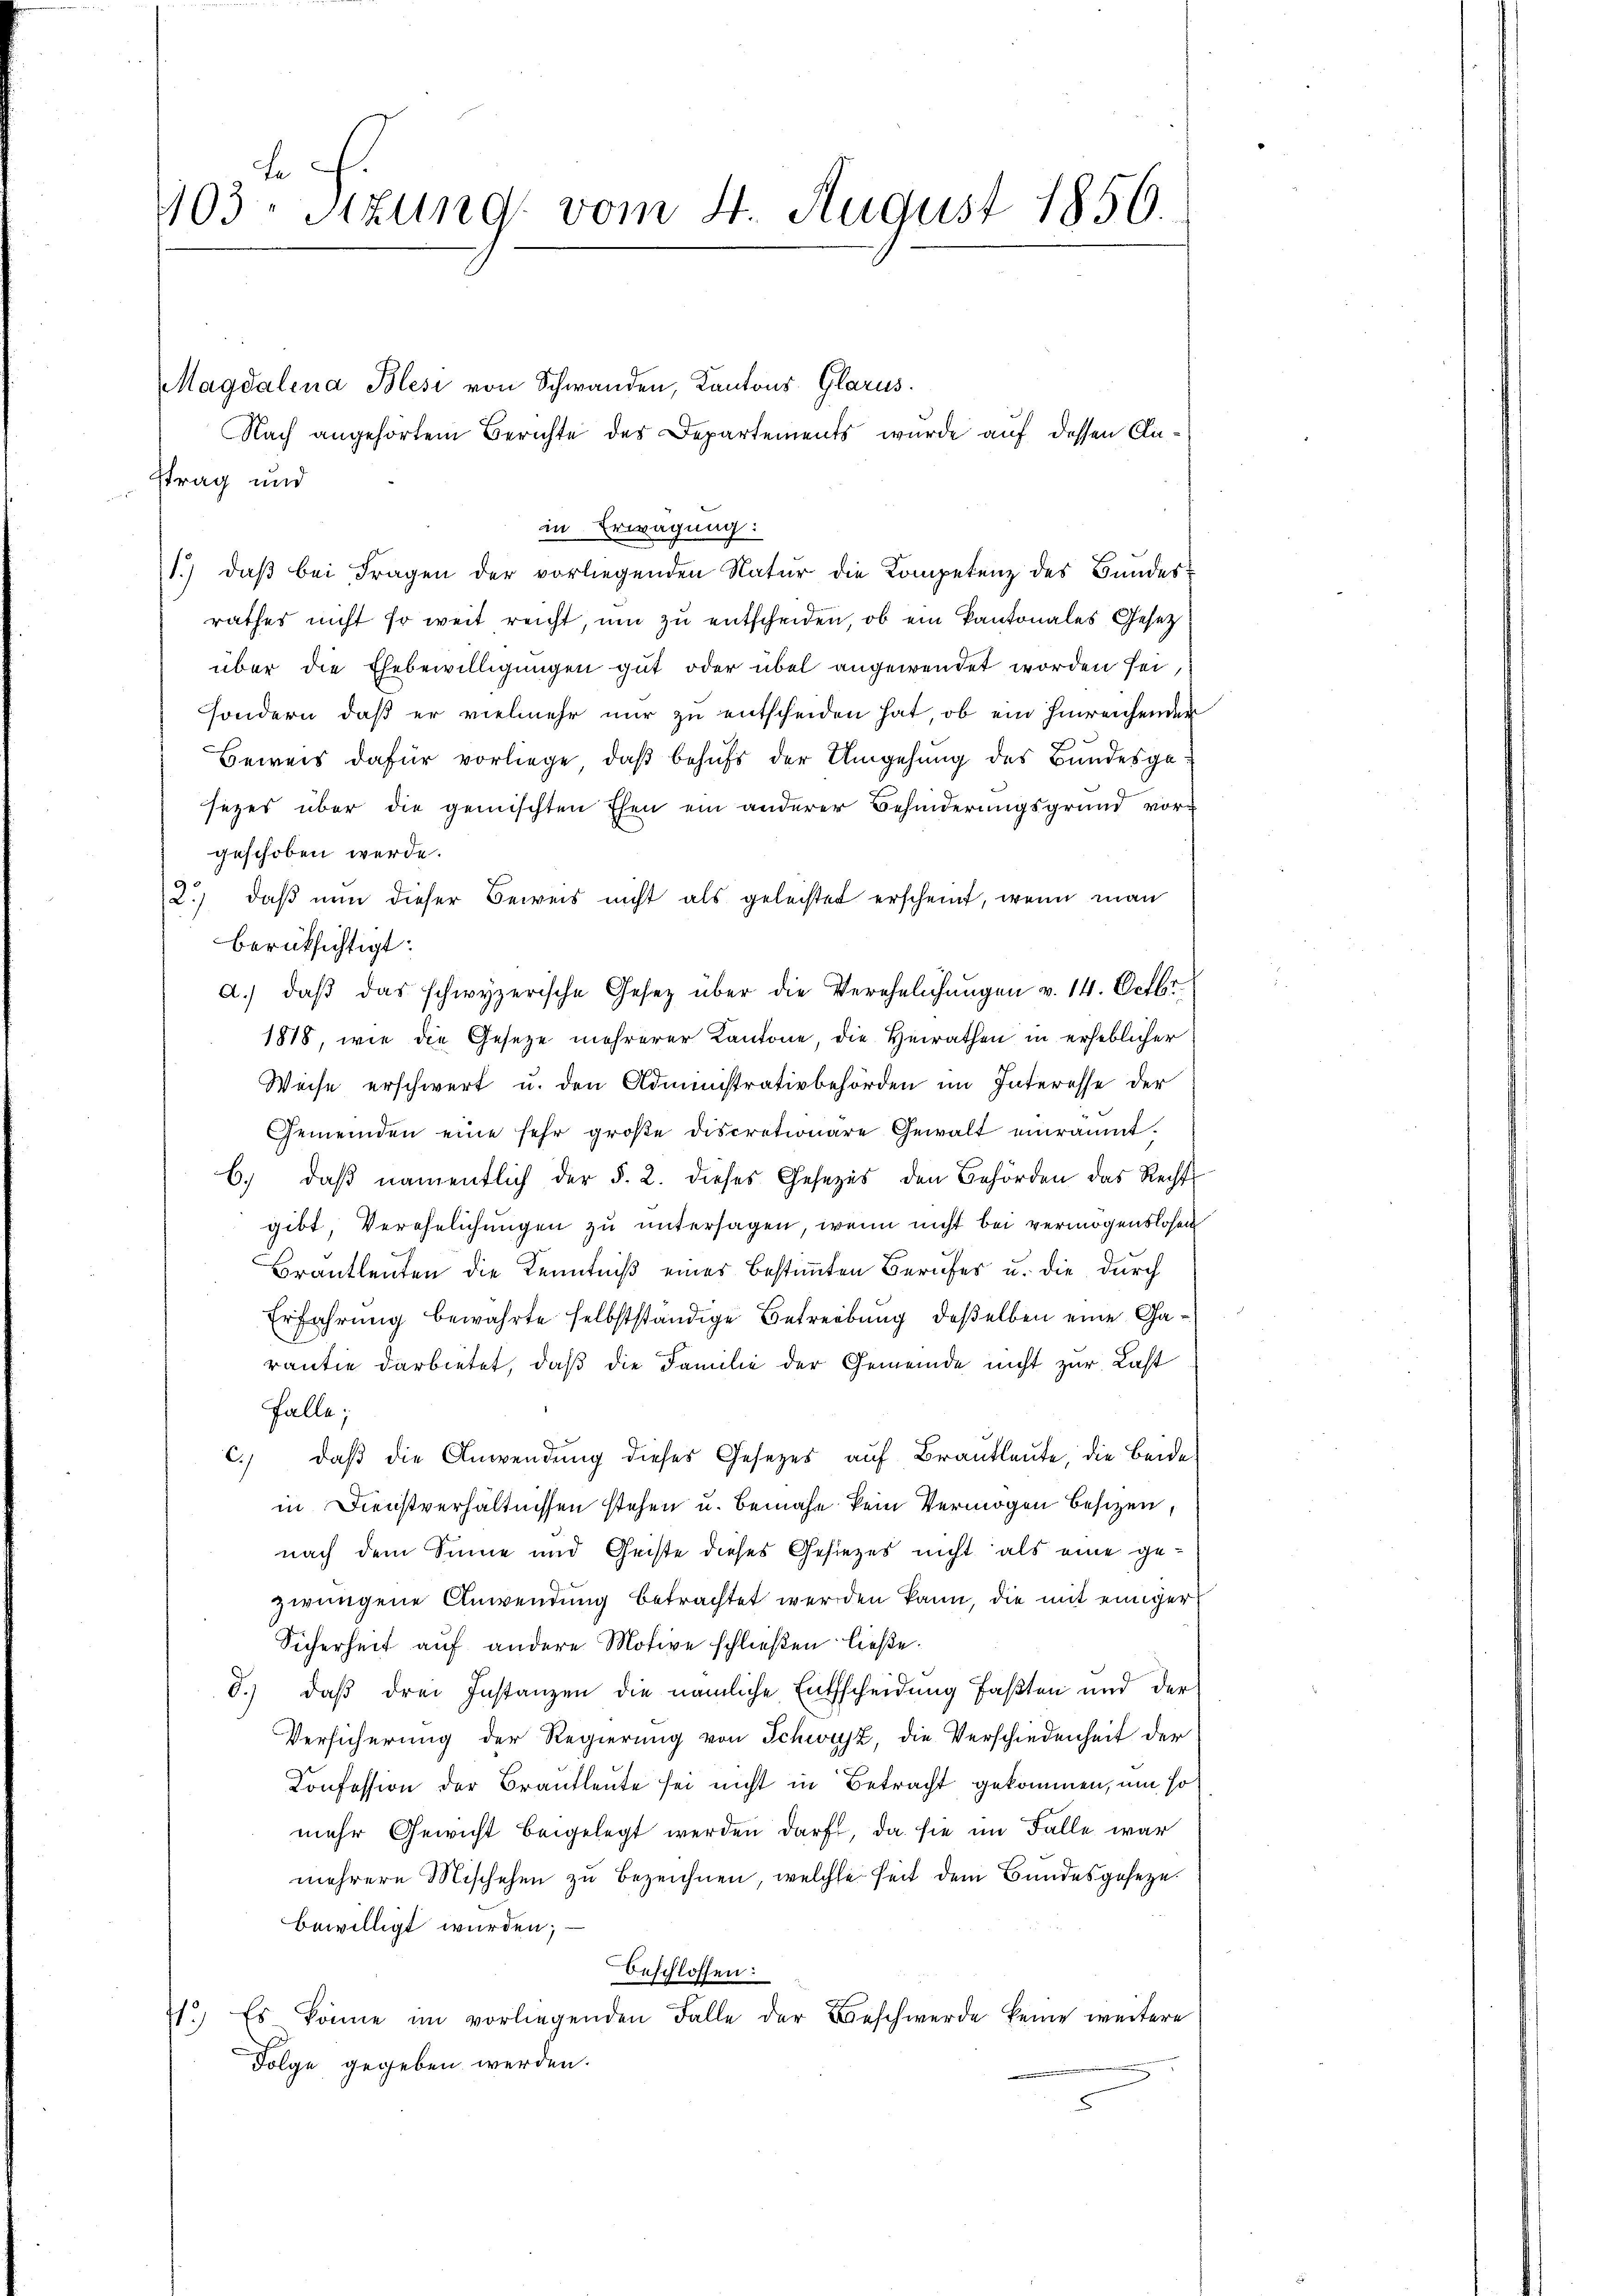
403. Sitzung vom 4. August 1856.

a.) daβ das schwyzerische Gesetz über die Verehelichungen v. 14. Octbr.

Magdalena Blesi von Schwanden, Kantons Glarus.
Nach angehörtem Berichte des Departements wurde auf dessen Claftrag und
in Erwägung:
1.) daß bei Fragen der vorliegenden Natur die Kompetenz des Bundesrathes nicht so weit reicht, um zu entscheiden, ob ein Kantonales Gesetz
über die Ehebewilligungen gut oder übel angewendet worden sei,
sondern, daß er vielmehr nur zu entscheiden hat, ob ein hinreichender
Beweis dafür vorliege, daβ behŭfs der Umgehung des Bundesgesezes über die gemischten Ehen ein anderer Behinderungsgrund vor-
geschoben werde.
2.) daß nun dieser Beweis nicht als geleistet erscheint, wenn man
berüksichtigt:
1818, wie die Gesetze mehrerer Kantone, die Heirathen in erheblicher
Weise erschwert u. den Administrativbehörden im Interesse der
Gemeinden eine sehr große discretionare Gewalt einräumt.
b. daβ namentlich der §. 2. dieses Gesezes den Behörden das Recht
gibt, Verehelichungen zu untersagen, wenn nicht bei vermögenslosen
Brautleuten die Kenntniß eines bestimmten Berufes u. die durch
Erfahrung bewahrte selbstständige Betreibung deßelben eine Garantie darbietet, daß die Familie der Gemeinde nicht zur Last
Falle;
c. daβ die Anwendung dieses Gesetzes auf Brautleute, die Beide
in Dienstverhältnissen stehen u. benahe kein Vermögen besizen,
nach dem Sinne und Geiste dieses Gesezes nicht als eine gezwungene Anwendung betrachtet werden kann, die mit einiger
Sicherheit auf andere Motive schließen ließe.
d.) daß drei Instanzen die nämliche Entscheidung faßten und der
Versicherung der Regierung von Schwyz, die Verschiedenheit der
Konfession der Brautleute sei nicht in Betracht gekommen, um so
mehr Gewicht beigelegt werden darft, da sie im Falle war
mehrere Mischehen zŭ bezeichnen, welche seit dem Bundesgeseze
bewilligt wurden;
Beschlossen:
71.) Es könne im vorliegenden Falle der Beschwerde keine weitere
Folge gegeben werden.